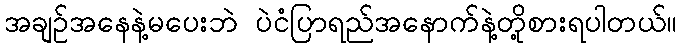
အချဉ်အနေနဲ့မပေးဘဲ ပဲငံပြာရည်အနောက်နဲ့တို့စားရပါတယ်။